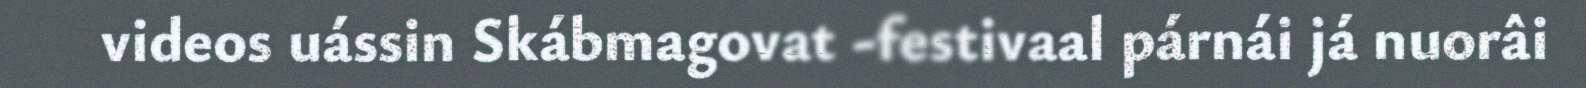
videos uássin Skábmagovat -festivaal párnái já nuorâi